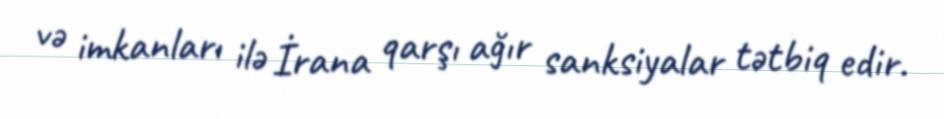
və imkanları ilə İrana qarşı ağır sanksiyalar tətbiq edir.